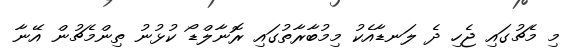
މި މެޗުގައި ޖެހި ދެ ލަނޑާއެކު މިމުބާރާތުގައި ރޮނާލްޑޯ ކުޅުނު ތިންމެޗުން އޭނާ